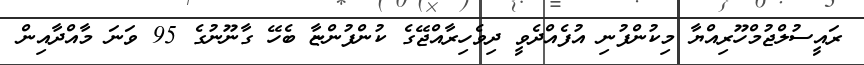
ރައީސުލްޖުމްހޫރިއްޔާ މިކުންފުނި އުފެއްދެވީ ދިވެހިރާއްޖޭގެ ކުންފުންޏާ ބެހޭ ގާނޫނުގެ 95 ވަނަ މާއްދާއިން